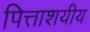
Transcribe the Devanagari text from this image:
पित्ताशयीय